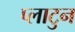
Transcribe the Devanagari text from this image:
प्लाटुन